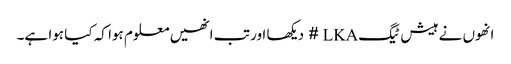
انھوں نے ہیش ٹیگ LKA # دیکھا اور تب انھیں معلوم ہوا کہ کیا ہوا ہے۔